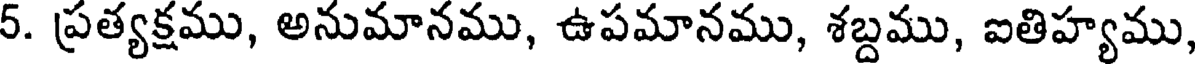
5. ప్రత్యక్షము, అనుమానము, ఉపమానము, శబ్దము, ఐతిహ్యము,